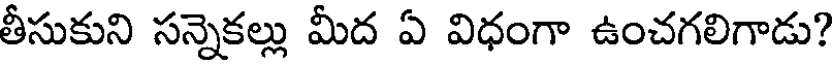
తీసుకుని సన్నెకల్లు మీద ఏ విధంగా ఉంచగలిగాడు?